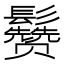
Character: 𱆈